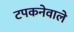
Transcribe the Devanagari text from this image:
टपकनेवाले